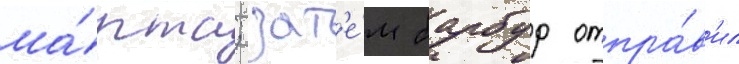
ма́рта; зат'е́м барбур отпра́в'ил